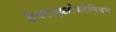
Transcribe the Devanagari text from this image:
डैक्टाइलोक्टेनियम